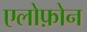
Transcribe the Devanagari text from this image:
एलोफ़ोन